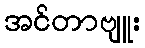
အင်တာဗျူး